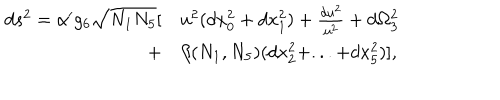
\begin{array} { r l } { { d s ^ { 2 } = \alpha ^ { \prime } g _ { 6 } \sqrt { N _ { 1 } N _ { 5 } } [ } } & { { u ^ { 2 } ( d x _ { 0 } ^ { 2 } + d x _ { 1 } ^ { 2 } ) + { \frac { d u ^ { 2 } } { u ^ { 2 } } } + d \Omega _ { 3 } ^ { 2 } } } \\ { { \nonumber + } } & { { \beta ( N _ { 1 } , N _ { 5 } ) ( d x _ { 2 } ^ { 2 } + . . . + d x _ { 5 } ^ { 2 } ) ] , } } \\ \end{array}